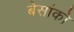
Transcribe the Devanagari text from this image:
बेसांको